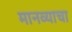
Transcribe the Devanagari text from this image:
मानव्याचा